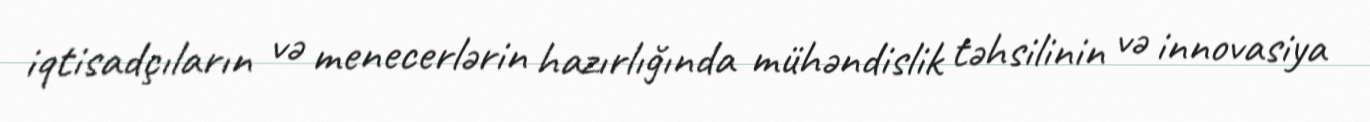
iqtisadçıların və menecerlərin hazırlığında mühəndislik təhsilinin və innovasiya